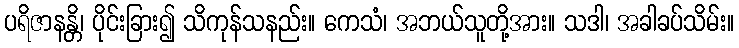
ပရိဇာနန္တိ၊ ပိုင်းခြား၍ သိကုန်သနည်း။ ကေသံ၊ အဘယ်သူတို့အား။ သဒါ၊ အခါခပ်သိမ်း။